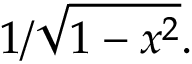
1 / { \sqrt { 1 - x ^ { 2 } } } .